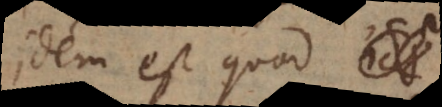
Idem est quod ι